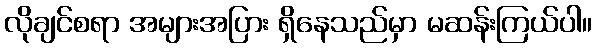
လိုချင်စရာ အများအပြား ရှိနေသည်မှာ မဆန်းကြယ်ပါ။